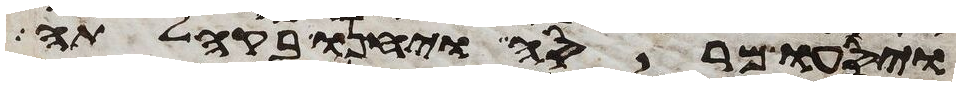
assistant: ויסעו מרסה ויחנו בקהלתה